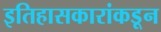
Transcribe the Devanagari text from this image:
इतिहासकारांकडून